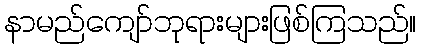
နာမည်ကျော်ဘုရားများဖြစ်ကြသည်။